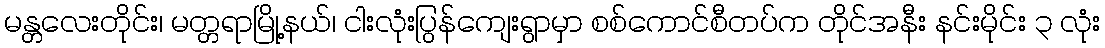
မန္တလေးတိုင်း၊ မတ္တရာမြို့နယ်၊ ငါးလုံးပြွန်ကျေးရွာမှာ စစ်ကောင်စီတပ်က တိုင်အနီး နင်းမိုင်း ၃ လုံး